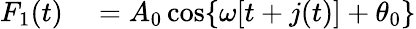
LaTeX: \begin{array}{rl}{F_{1}(t)}&{{}=A_{0}\cos\{ \omega[t+j(t)]+\theta_{0}\} }\end{array}